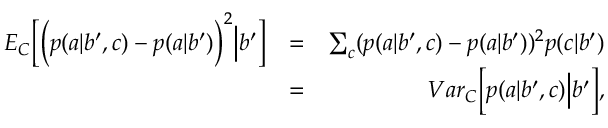
\begin{array} { r l r } { { E } _ { C } \Big [ \Big ( p ( a | b ^ { \prime } , c ) - p ( a | b ^ { \prime } ) \Big ) ^ { 2 } \Big | b ^ { \prime } \Big ] } & { = } & { \sum _ { c } ( p ( a | b ^ { \prime } , c ) - p ( a | b ^ { \prime } ) ) ^ { 2 } p ( c | b ^ { \prime } ) } \\ & { = } & { { V a r } _ { C } \Big [ p ( a | b ^ { \prime } , c ) \Big | b ^ { \prime } \Big ] , } \end{array}